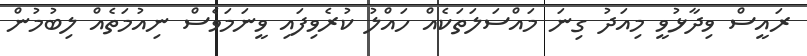
ރައީސް ވިދާޅުވީ މިއަދު ގިނަ މައްސަަލަތަކެއް ހައްލު ކުރެވިފައި ވީނަމަވެސް ނިއުމަތެއް ލިބުމުން